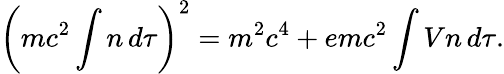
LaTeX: \left(mc^{2}\int n\, d\tau\right)^{2}=m^{2}c^{4}+emc^{2}\int Vn\, d\tau.